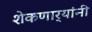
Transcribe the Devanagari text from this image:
शेकणार्‍यांनी